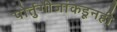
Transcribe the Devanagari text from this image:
पोर्तुगीजांकडूनही